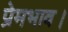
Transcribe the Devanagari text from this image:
प्रेमभाव।